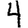
Digit: 4